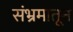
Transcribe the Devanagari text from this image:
संभ्रमातून